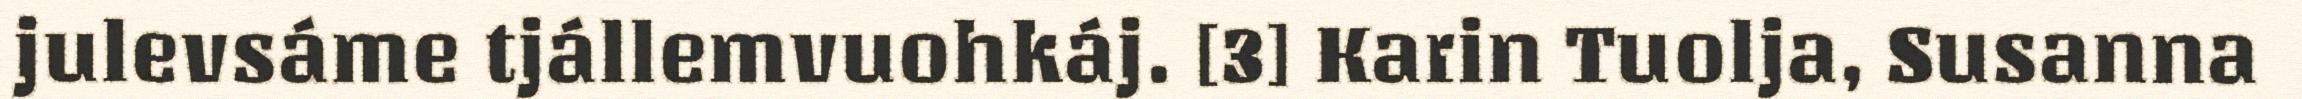
julevsáme tjállemvuohkáj. [3] Karin Tuolja, Susanna